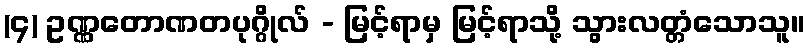
(၄) ဥဏ္ဏတောဏတပုဂ္ဂိုလ် - မြင့်ရာမှ မြင့်ရာသို့ သွားလတ္တံသောသူ။